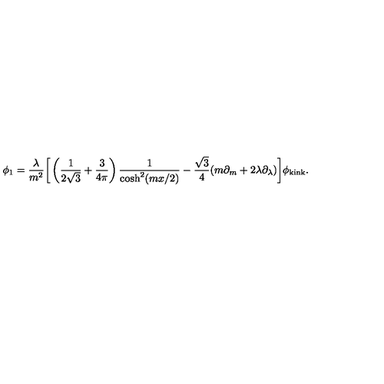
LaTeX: \phi _ { 1 } = \frac { \lambda } { m ^ { 2 } } { \bigg [ } \left( \frac { 1 } { 2 \sqrt { 3 } } + \frac { 3 } { 4 \pi } \right) \frac { 1 } { \cosh ^ { 2 } ( m x / 2 ) } - \frac { \sqrt { 3 } } { 4 } ( m \partial _ { m } + 2 \lambda \partial _ { \lambda } ) { \bigg ] } \phi _ { \mathrm { k i n k } } .